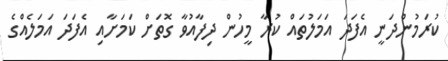
ކުރަމުންދަނީ އެފަދަ އަމަލުތައް ކުރާ މީހުން ދިފާއުވާ ގޮތަށް ކަމަށާއި އެފަދަ އަމަލެއްގެ